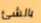
بالشئ